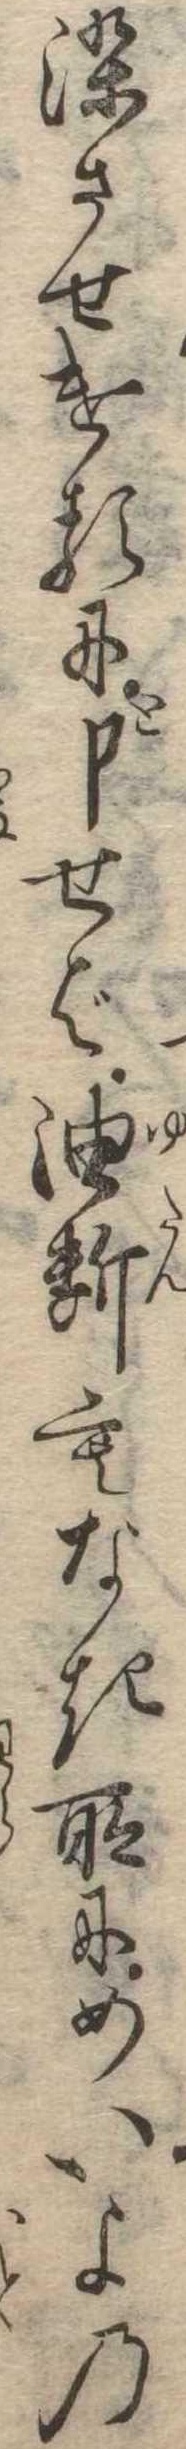
染させけるにと申せば油断もなき所にめいよの